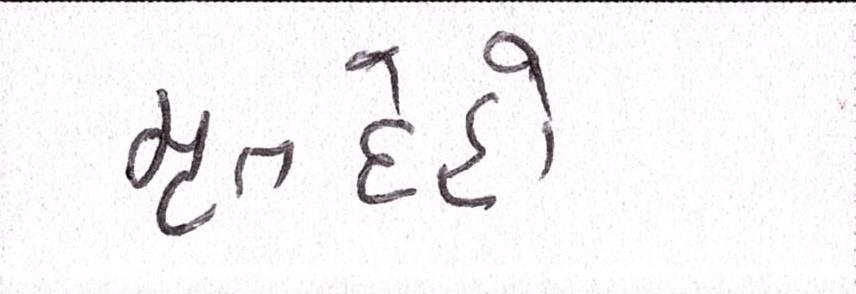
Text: મૃતેદહો